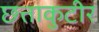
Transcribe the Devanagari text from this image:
छत्ताकुटीर